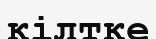
кілтке